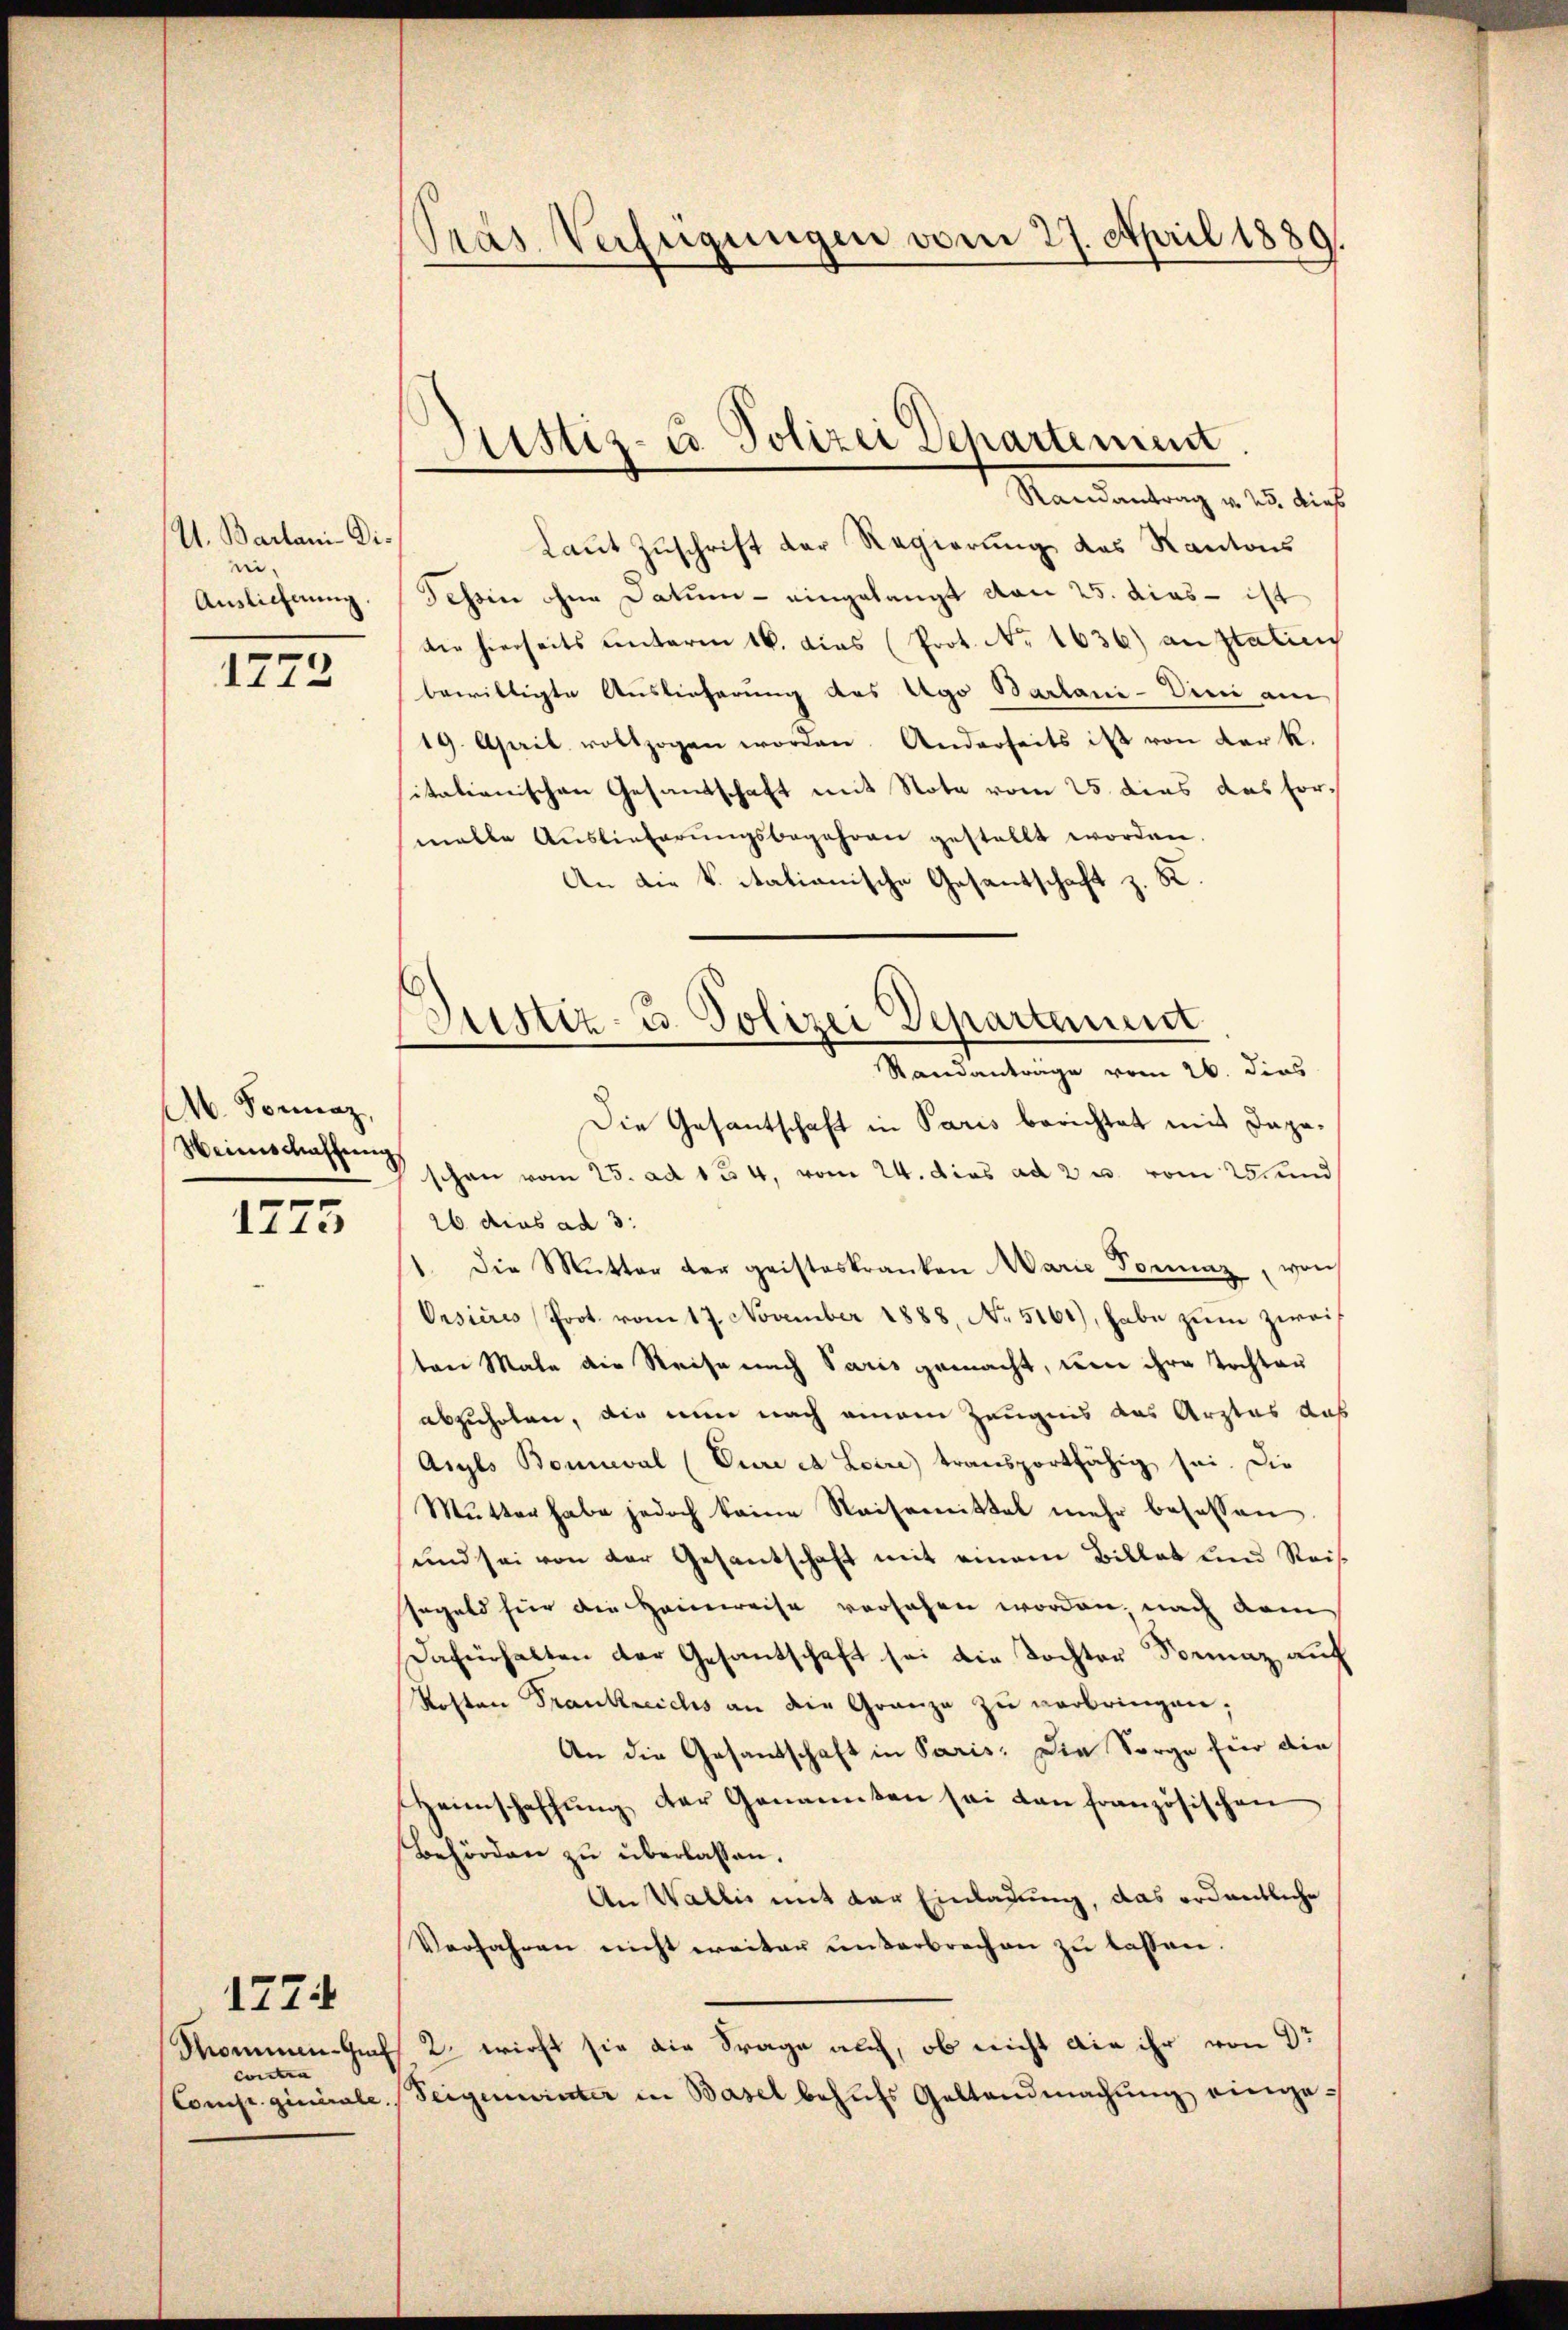
I. Barbani Dini
Auslieferung.

1772

M. Fornaz,
Meienschaffung

1775

Thominen-Graf
Contra
Comp. ginérale.

1774

Pras Verfügungen vom 27. April 1889.

Sistiz- u Polizei Departement

Randantrag v. 25. dies
Laut Zuschrift der Regierung des Kantons
Tehin ohne Datum - eingelangt von 25. dies - ist
die hierseits unterm 16. dies (Prot. No. 1636) anstatie
bewilligte Auslieferung des Ago Barbani-Dini am
19. April vollzogen worden. Anderseits ist von der k.
itationischen Gesandschaft mit Note vom 25. dies das Formalle Auslieferungsbegehren gestellt worden.
An die k. itationische Gesantschaft z. K.
Die Gesantschaft in Paris berichtet mit dageschon vom 25. ad 124, vom 24. dies ad 2 u. vom 25 und
26 dies ad 3.
1. Die Mutter der geisteskranken Marie Sonnaz, von
Orsieres Prot. vom 17. November 1888, No 5161), habe zum zweif
ten Male die Reise nach Paris gemacht, wenn ihre Tochter
abzuholen, die nun nach einem Zeugnis das Arztes das
Aigls Bonnwal (Eure et Lein transportfähig sei. Die
Mutter habe jedoch keine Reisemittel mehr besassen
und sei von der Gesantschaft mit einem Billet und Reis
segeld hier die Heimreise versehen worden nach dem
Dafürhalten der Gesantschaft sei die Tochter Formaz auf
Kosten Frankreichs an die Gränze zu verbringen;
An die Gesandschaft in Paris. Die Sorge für die
Heimschaffung der Genannten sei dan französischen
Behörden zŭ überlassen.
An Wallis mit der Einladung, das ordentliche
Verfahren nicht weiter unterbrechen zu lassen.
2. wirft sie die Frage auf, ob nicht die ihr von Dr
Seigenwinter in Basel behŭfs Gestandmachŭng einge¬

Justiz- & Polizei Departement
Randanträge vom 26. dies